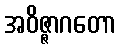
အဝိဇ္ဇာဂတော